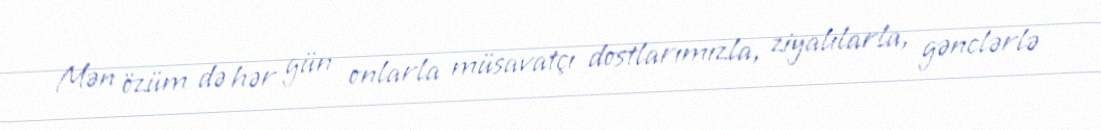
Mən özüm də hər gün onlarla müsavatçı dostlarımızla, ziyalılarla, gənclərlə